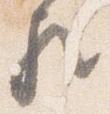
歟